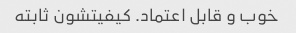
خوب و قابل اعتماد. کیفیتشون ثابته